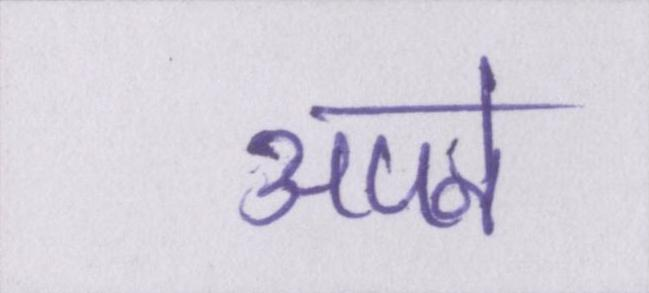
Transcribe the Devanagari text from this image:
अपने